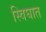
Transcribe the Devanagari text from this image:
स्विघात